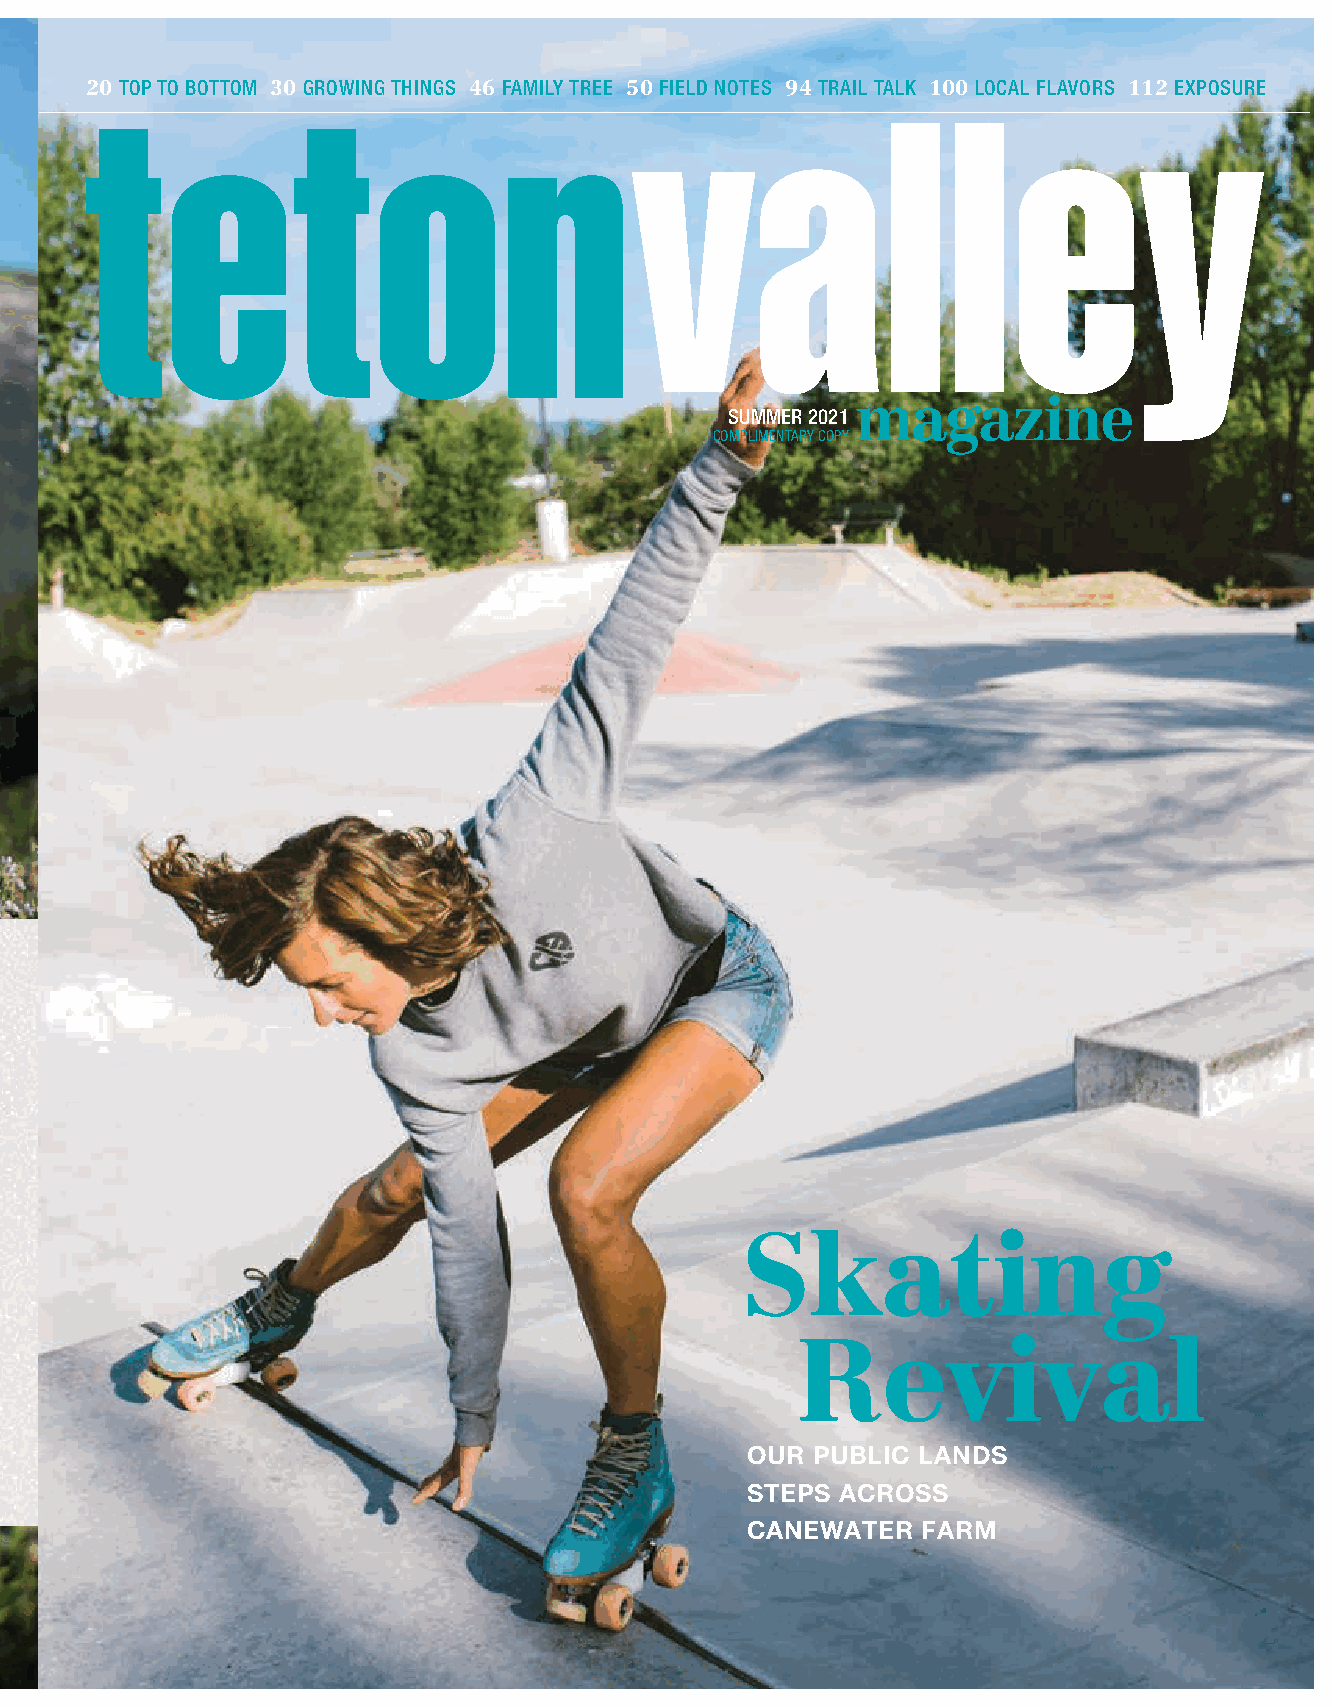
20 TOP TO BOTTOM 30 GROWING THINGS 46 FAMILY TREE 50 FIELD NOTES 94 TRAIL TALK 100 LOCAL FLAVORS 112 EXPOSURE
 S E R V E D D A I
 LY                                             COS MU PLM IMM ENE TR
 AR
 Y2 C0 O2 P1
 Y
 SUMMER IN
 THE TETONS
 ENDLESS ADVENTURE + EPIC VIEWS
 + 70+ MILES OF TRAILS
 + 17+ MILES OF LIFT-SERVED
 DOWNHILL TRAILS
 + MT. BIKE RACES
 + SCENIC CHAIR LIFT RIDE
 + KIDS SUMMER CEAMXPSPLORE OUR
 + 18-HOLE ON MOUNTAIN DISC GOLF
 BACKYARD
 + CLIMBING WALL
 + BUNGEE TRAMPOLINE
 17+ MILES OF DH BIKING
 + GTR MINING CO
 70+ MILES OF XC BIKING
 SCENIC CHAIR LIFT RIDES
 SWIMMING POOL
 18-HOLE DISC GOLF COURSE
 NATURE CENTER
 Skating
 + BRANDING IRON GRILGLUIDED NATURE HIKES
 + THE TRAP BAR SCENIC HIKING
 + SNORKEL’S CAFE
 SUMMER CAMP
 BIKING CAMPS & LESSONS                               Revival
 BUNGEE TRAMPOLINE
 MINING COMPANY
 CLIMBING WALL
 OUR  PUBLIC LANDS
 HORSEBACK RIDES
 GRANDTARGHEE.COM
 AND MUCH MORE                                    STEPS  ACROSS
 800.TARGHEE (827.4433) • ALTA, WY
 CANEWATER   FARM
 GRANDTARGHEE.COM • 800.TARGHEE (827.4433) • ALTA, WY            SUMMER 2014 magazine 3
 SUMMER